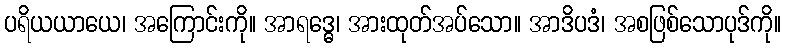
ပရိယယာယေ၊ အကြောင်းကို။ အာရဒ္ဓေ၊ အားထုတ်အပ်သော။ အာဒိပဒံ၊ အစဖြစ်သောပုဒ်ကို။